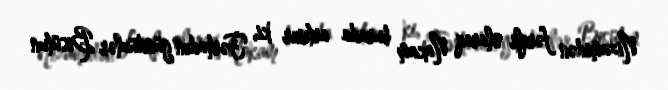
Nizamidən fərqli olaraq Nakam burada artırır ki, Fərhadın gündüzlər Bisütun